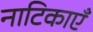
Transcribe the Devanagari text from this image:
नाटिकाएँ